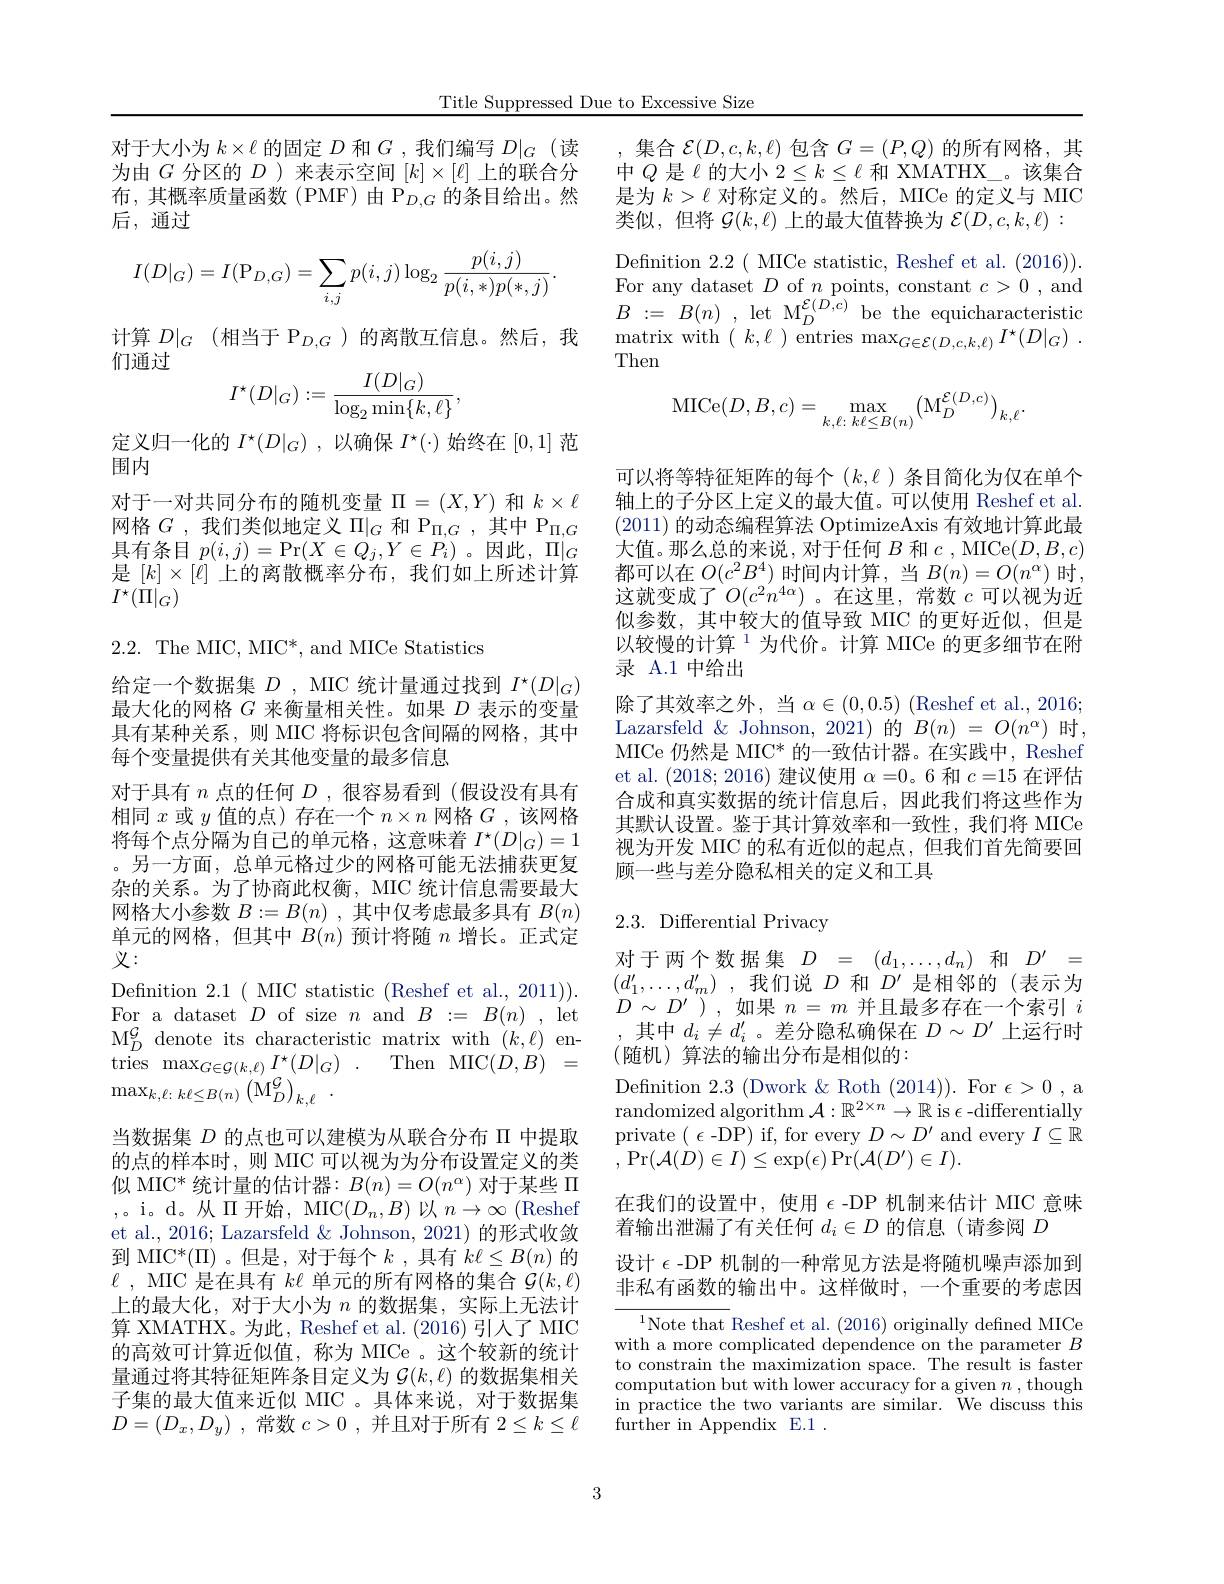
Title Suppressed Due to Exce

对于大小为$k\times\ell$的固定$D$和$G$ ,我为由$G$分区的$D$ )来表示空间$[k]\times[\ell]$上的联合分$布，其概率质量函数(PMF)由P_{D,G}的条目给出$。后，通过
$$I(D|_G)=I(\mathrm P_{D,G})=\sum_{i,j}p(i,j)\log_2\frac{p(i,j)}{p(i,*)p(*,j)}.$$
计算$D|_G$ (相当于$\mathcal{P}_{D,G}$)的离散互信息。然后，我
们通过
$$I^\star(D|_G):=\frac{I(D|_G)}{\log_2\min\{k,\ell\}},$$
定义归一化的$I^\star(D|_G)$,以确保$I^\star(\cdot)$始终在[0,1]范
围内
对于一对共同分布的随机变量$\Pi=(X,Y)$和$k\times\ell$ 网格$G$ ,我们类似地定义 $\Pi|_G$ 和 P$_\Pi,G$ ,其中 P$_\Pi,G$ 具有条目$p(i,j)=\Pr(X\in Q_{j},Y\in P_{i}^{\prime})$ 。因此，$\Pi|_G$ 是$[k]\times[\ell]$上的离散概率分布，我们如上所述计算$I^{\star}(\dot{\Pi}|_{G})$

2.2. The MIC, MIC*, and MICe Statistics

给定一个数据集$D$ , MIC 统计量通过找到$I^\star(D|_G)$ 最大化的网格$G$来衡量相关性。如果$D$表示的变量具有某种关系，则 MIC 将标识包含间隔的网格，其中每个变量提供有关其他变量的最多信息
对于具有$n$点的任何$D$ ,很容易看到(假设没有具有相同$x$或$y$值的点)存在一个$n\times n$网格$G$,该网格将每个点分隔为自己的单元格，这意味着$I^\star(D|_G)=1$ 。另一方面，总单元格过少的网格可能无法捕获更复杂的关系。为了协商此权衡，MIC 统计信息需要最大网格大小参数$B: = B( n)$ ,其中仅考虑最多具有$B(n)$ 单元的网格，但其中$B(n)$预计将随$n$增长。正式定义：
Defnition 2.1( MIC statistic (Reshef et al., 2011)). For a dataset $D$ of size $n$ and $B:=B(n)$, let $\mathrm{M}_{D}^{\mathcal G}$ denote its characteristic matrix with $(k,\ell)$ en- $\begin{array}{rcl}{\mathrm{tries}}&{\mathrm{max}_{G\in\mathcal{G}(k,\ell)}}I^{\star}(D|_{G})&.&{\mathrm{Then}}&{\mathrm{MIC}(D,B)}&{=}\end{array}$ $\max_{k,\ell:\:k\ell\leq B(n)}\left(\mathrm{M}_{D}^{\mathcal{G}}\right)_{k,\ell}.$
当数据集$D$的点也可以建模为从联合分布 II 中提取的点的样本时，则 MIC 可以视为为分布设置定义的类似 MIC* 统计量的估计器：$B(n)=O(n^\alpha)$对于某些$\Pi$ ,。i。d。从$\Pi$开始，MIC$(D_n,B)$ 以$n\to\infty$ (Reshef et al., 2016; Lazarsfeld & Johnson, 2021) 的形式收敛到 MIC$^*(\Pi)$。但是，对于每个$k$ ,具有 $k\ell\leq B(n)$ 的$\ell$ , MIC 是 在 具 有 $k\ell$单元的所有网格的集合$\mathcal{G}(k,\ell)$

上的最大化，对于大小为$n$的数据集，实际上无法计算 XMATHX。为此，Reshef et al. (2016)引人了 MIC 的高效可计算近似值，称为 MICe 。这个较新的统计量通过将其特征矩阵条目定义为$\mathcal{G}(k,\ell)$的数据集相关子集的最大值来近似 MIC 。具体来说，对于数据集$D= ( D_x, D_y)$ ,常数$c> 0$ ,并且对于所有$2\leq k\leq\ell$

,集合$\mathcal{E}(D,c,k,\ell)$包含$G=(P,Q)$的所有网格，其中$Q$ 是$\ell$ 的大小 $2\leq k\leq\ell$ 和 XMATHX\_。该集合是为$k>\ell$对称定义的。然后，MICe 的定义与 MIC 类似，但将$\mathcal{G}(k,\ell)$上的最大值替换为$\mathcal{E}(D,c,k,\ell):$ Defnition 2.2 ( MICe statistic, Reshef et al. (2016)). $\begin{array}{l}{\mathrm{For~any~dataset~}D~\mathrm{of~}n~\mathrm{points,~constant~}c>0~,~\mathrm{and}}\\{B:=~B(n)~,~\mathrm{let~M}_{D}^{\mathcal{E}(D,c)}~\mathrm{be~the~equicharacteristic}}\end{array}$ $\operatorname* { matrix with } ^{\prime }($ $k, \ell$ $) \overset {D}{\operatorname* { \mathrm{entries~max}} }_{G\in \mathcal{E} ( D, c, k, \ell ) }I^{\star }( D| _{G})$ . Then
$$\mathrm{MICe}(D,B,c)=\max_{k,\ell:k\ell\leq B(n)}\bigl(\mathrm{M}_{D}^{\mathcal{E}(D,c)}\bigr)_{k,\ell}.$$
以较慢的计算$^{1}$为代价。计算 MICe 的更多细节在附
录 A.1 中给出

可以将等特征矩阵的每个($k,\ell$)条目简化为仅在单个轴上的子分区上定义的最大值。可以使用 Reshef et al. (2011)的动态编程算法 OptimizeAxis 有效地计算此最大值。那么总的来说，对于任何$B$和$c$, MICe$(D,B,c)$ 都可以在$O(c^2B^4)$时间内计算，当$B(n)=O(n^{\alpha})$时， 这就变成了$O(c^2n^{4\alpha})$。在这里，常数$c$可以视为近似参数，其中较大的值导致 MIC 的更好近似，但是除了其效率之外，当$\alpha\in(0,0.5)$ (Reshef et al., 2016; Lazarsfeld $\&$ Johnson, 2021)的 $B(n)=O(n^\alpha)$ 时， MICe 仍然是 MIC* 的一致估计器。在实践中，Reshef et al. (2018;2016)建议使用$\alpha=0$。6 和$c=15$在评估合成和真实数据的统计信息后，因此我们将这些作为其默认设置。鉴于其计算效率和一致性，我们将 MICe 视为开发 MIC 的私有近似的起点，但我们首先简要回顾一些与差分隐私相关的定义和工具

## 2.3. Differential Privacy

对于两个数据集$D=(d_1,\ldots,d_n)$ 和$D^\prime=$ $( d_{1}^{\prime \prime }, \ldots , d_{m}^{\prime \prime })$ ,我们说$D$和$D^\prime$是相邻的(表示为$D\sim D^{\prime}$ ), 如果$n=m$并且最多存在一个索引$i$ ,其中$d_i\neq d_i^{\prime}$ 。差分隐私确保在$D\sim D^\prime$上运行时(随机)算法的输出分布是相似的：
Defnition 2.3 (Dwork &Roth (2014)). For $\epsilon>0$, a randomized algorithm $\mathcal{A}:\mathbb{R}^{2\times n}\to\mathbb{R}$ is $\epsilon$-differentially private $(\epsilon$-DP) if, for every $D\sim D^\prime$ and every $I\subseteq\mathbb{R}$ ,Pr$(\mathcal{A}(D)\in I)\leq\exp(\epsilon)\Pr(\mathcal{A}(D^{\prime})\in I).$
在我们的设置中，使用$\epsilon$ -DP 机制来估计 MIC 意味
着输出泄漏了有关任何$d_i\in D$的信息(请参阅
设计$\epsilon$ -DP 机制的一种常见方法是将随机噪声添加到非私有函数的输出中。这样做时，一个重要的考虑因

$^{1}$Note that Reshef et al. (2016) originally defined MICe with a more complicated depe to constrain the maximizatio computation but with lower a in practice the two variants further in Appendix E.1 .

3